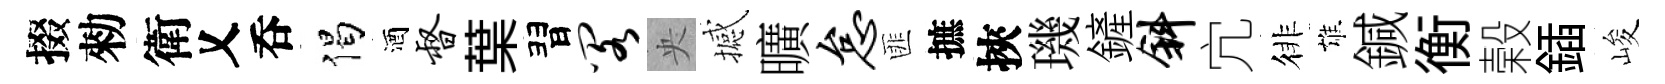
掇勑衛乂呑偈酒督葉習阁央撼曠怠匪摭挾璣鏟斜宂徘雄鍼衡榖鍤峻